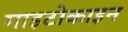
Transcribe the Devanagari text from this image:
माइटोकाइन